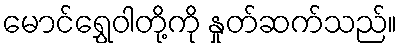
မောင်ရွှေဝါတို့ကို နှုတ်ဆက်သည်။